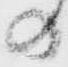
の